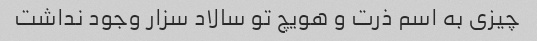
چیزی به اسم ذرت و هویچ تو سالاد سزار وجود نداشت